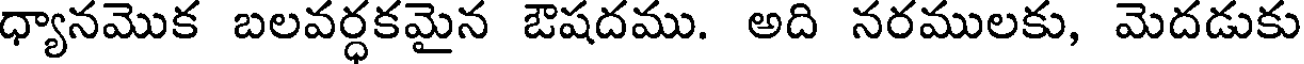
ధ్యానమొక బలవర్ధకమైన ఔషదము. అది నరములకు, మెదడుకు